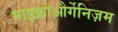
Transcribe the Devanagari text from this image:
माइक्रोऔर्गेनिज़म